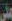
على